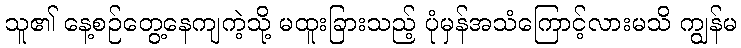
သူ၏ နေ့စဉ်တွေ့နေကျကဲ့သို့ မထူးခြားသည့် ပုံမှန်အသံကြောင့်လားမသိ ကျွန်မ